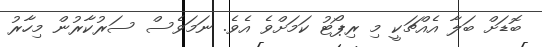
ބޮޑަށް ބަލާ އެއްޗަކީ މި ރިޕޯޓު ކަމަށްވެ އެވެ. ނަމަވެސް ސަރުކާރުން މިހާރު